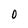
Character: 0